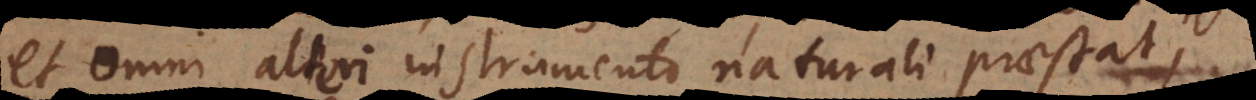
et omni alteri instrumento naturali praestat,